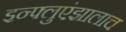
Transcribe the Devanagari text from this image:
इन्फ्लुएंझालाच